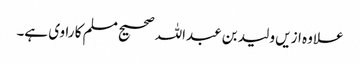
علاوہ ازیں ولید بن عبداللہ صحیح مسلم کا راوی ہے۔